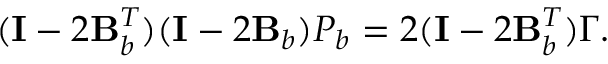
( \mathbf { I } - 2 \mathbf { B } _ { b } ^ { T } ) ( \mathbf { I } - 2 \mathbf { B } _ { b } ) \boldsymbol { P } _ { b } = 2 ( \mathbf { I } - 2 \mathbf { B } _ { b } ^ { T } ) \boldsymbol { \Gamma } .